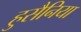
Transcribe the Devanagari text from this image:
हुसैनिया